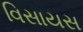
વિસાયસ